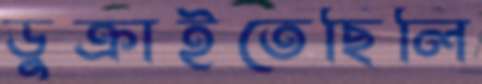
ডুক্‌রাইতেছিলি